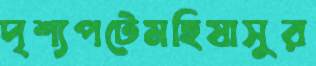
দৃশ্যপটেমহিষাসুর